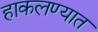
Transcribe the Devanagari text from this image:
हाकलण्यात